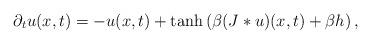
LaTeX: \begin{align*}\partial_t u(x,t)=- u(x,t) + \tanh \left(\beta(J*u)(x,t) + \beta h\right),\end{align*}